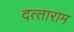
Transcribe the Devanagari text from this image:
दत्‍ताराम